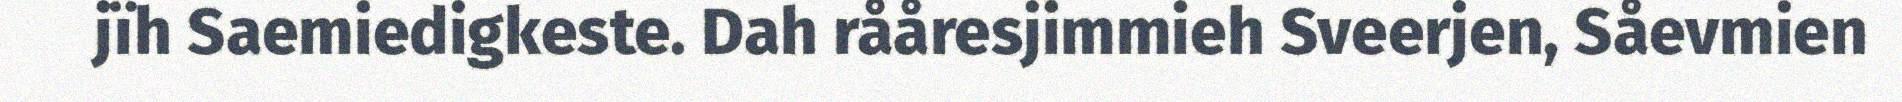
jïh Saemiedigkeste. Dah rååresjimmieh Sveerjen, Såevmien